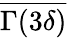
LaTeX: \overline{{\Gamma(3\delta)}}